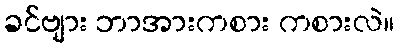
ခင်ဗျား ဘာအားကစား ကစားလဲ။